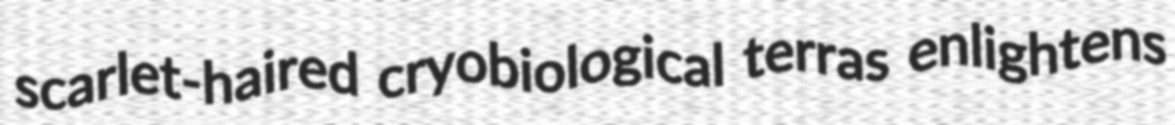
scarlet-haired cryobiological terras enlightens